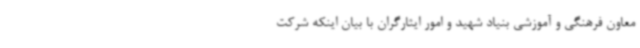
معاون فرهنگی و آموزشی بنیاد شهید و امور ایثارگران با بیان اینکه شرکت